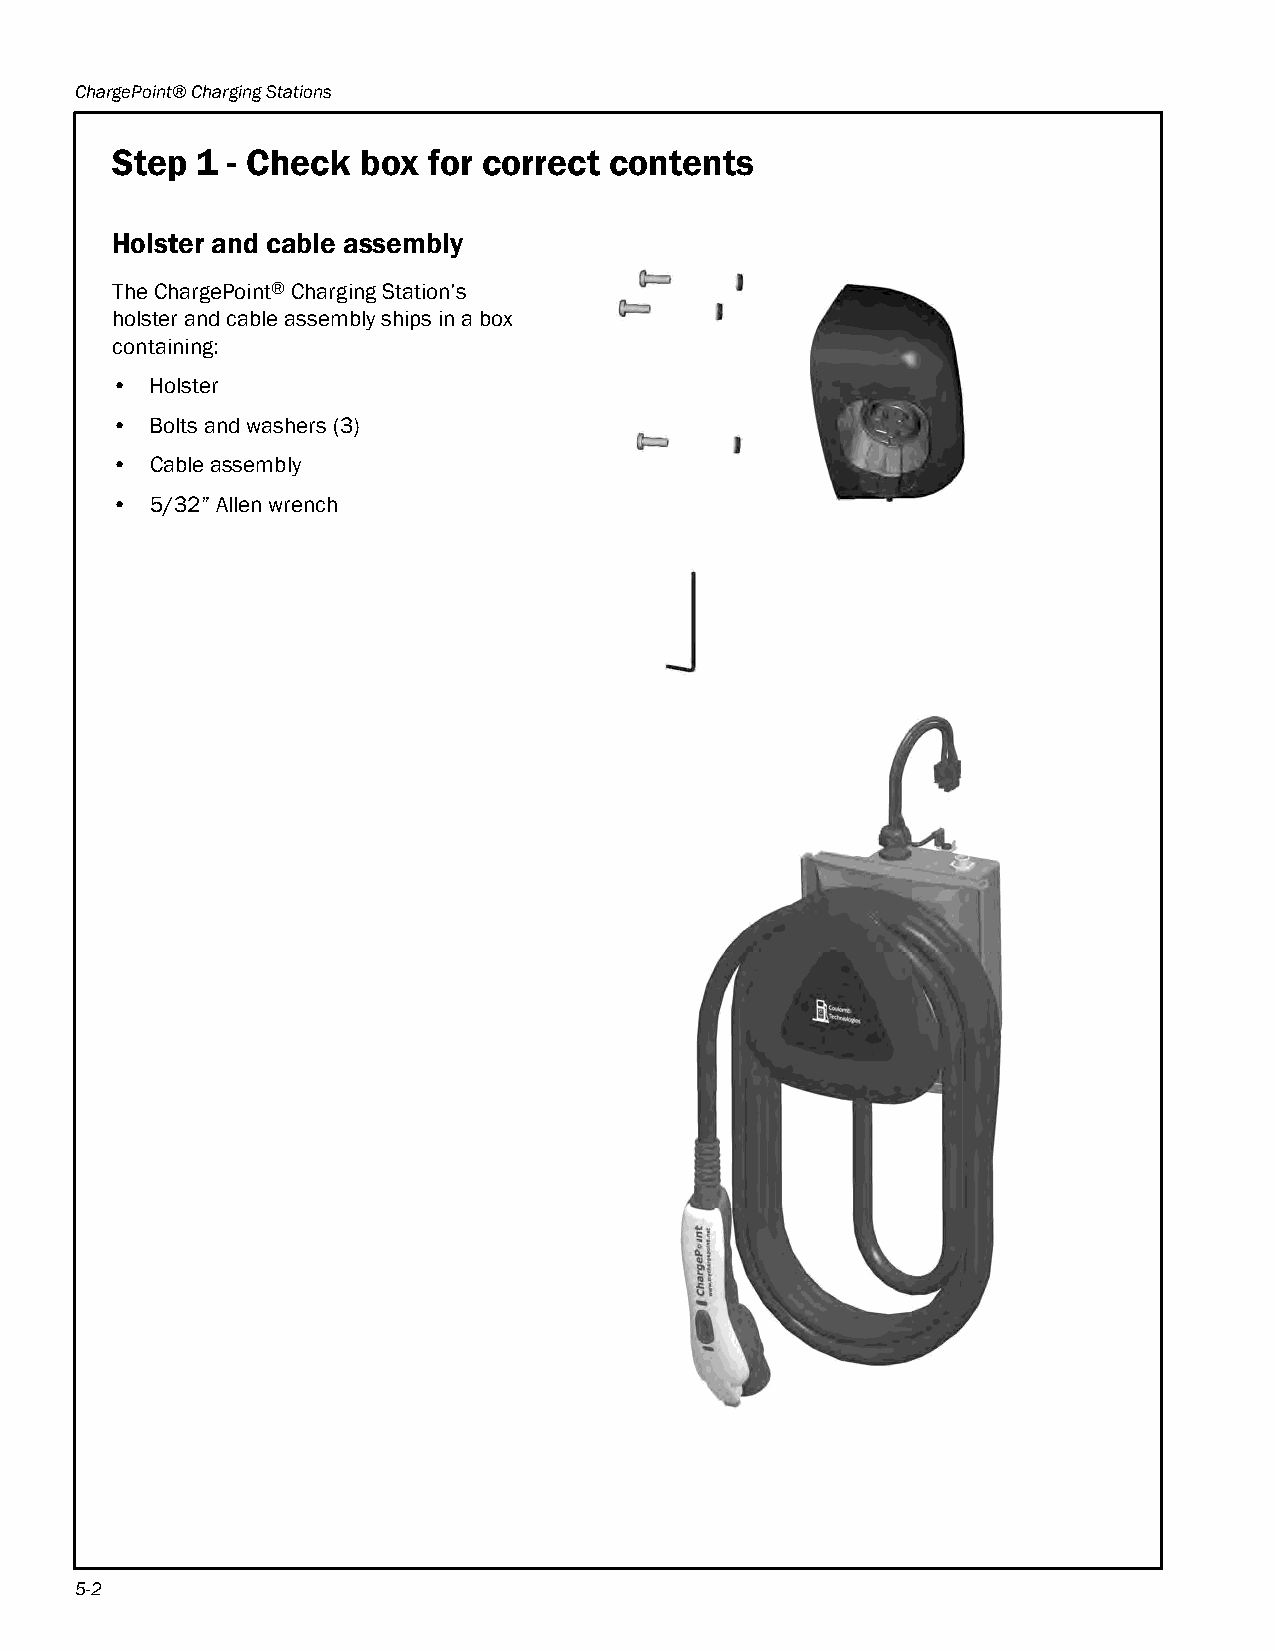
ChargePoint® Charging Stations
 Step  1 - Check  box for correct contents
 Holster and cable assembly
 The ChargePoint® Charging Station’s
 holster and cable assembly ships in a box
 containing:
 •  Holster
 •  Bolts and washers (3)
 •  Cable assembly
 •  5/32” Allen wrench
 5-2